Sanitation, dispensaries and jails vaccination Rajputana 1922-1927 - 1922-1927
Year: 1922
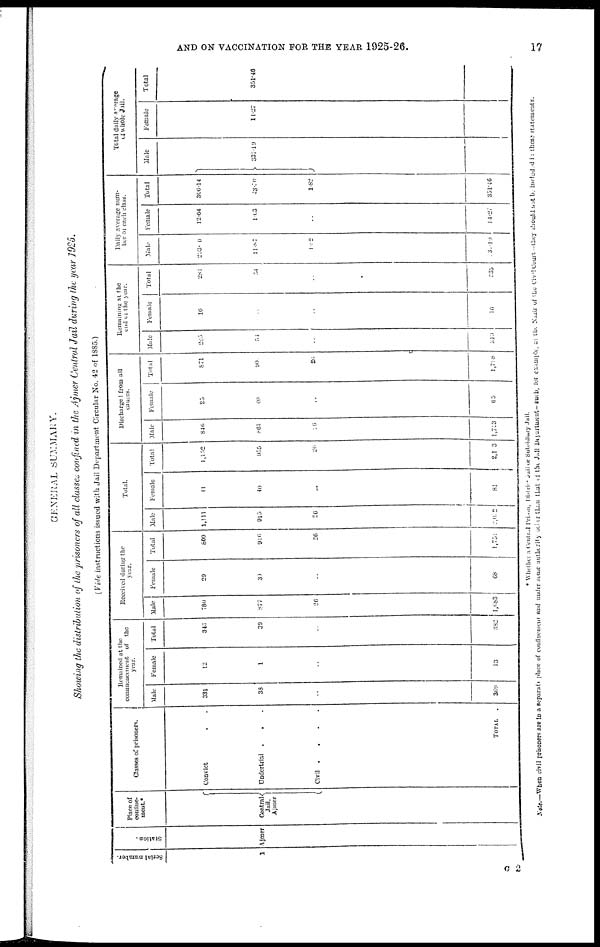
AND ON VACCINATION FOR THE YEAR 1925-26.
17
GENERAL SUMMARY.
Showing the distribution of the prisoners of all classes confined in the Ajmer Central Jail during the year 1925.
(Vide instructions issued with Jail Department Circular No. 42 of 1885.)
Serial number.
1
Station.
Ajmer
Place of
confine¬
ment.*
Central
Jail,
Ajmer
Classes of prisoners.
Convict ..
Undertrial
...
Civil
.
.
.
.
TOTAL
.
Remained at the
commencement of the
year.
Male
331
33
..
369
Female
12
1
..
13
Total
346
39
..
382
Received during the
year.
Male
780
877
26
1,683
Female
29
39
..
68
Total
809
916
26
1,752
Total.
Male
1,111
915
26
2, 012
Female
41
40
..
81
Total
1,152
955
26
2,103
Discharge from all
causes.
Male
846
861
26
1,723
Female
25
40
..
65
Total
871
90
26
1,718
Remaining at the
end of the year.
Male
265
54
..
319
Female
16
..
..
16
Total
281
54
..
335
Daily average num-
ber of each class.
Male
208.0
11.87
1.82
131.19
Female
12.64
1.03
..
14.27
Total
306.14
43.70
1.82
351.46
Total daily average
of whole Jail.
Male
337.19
Female
11.27
Total
351.46
* Whether a Central Prison, District Jail or Subsidiary Jail.
Note.—When civil prisoners are in a separate place of confinement and under some authority other than that of the Jail Department—such, for example, as the Nazir of the Civil Court —they should not be included in these statements.
G 2